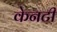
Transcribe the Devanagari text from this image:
केनटी